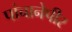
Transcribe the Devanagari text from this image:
पांचानेपीर